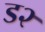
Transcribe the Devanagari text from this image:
ड२